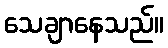
သေချာနေသည်။